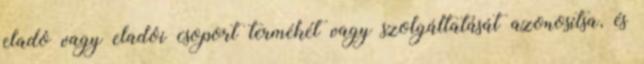
eladó vagy eladói csoport termékét vagy szolgáltatását azonosítsa, és